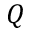
Q